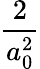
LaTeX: \frac{2}{a_{0}^{2}}